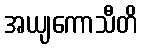
အယျကောသီတိ